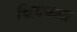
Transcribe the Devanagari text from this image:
चित्रबन्ध